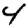
Digit: 4